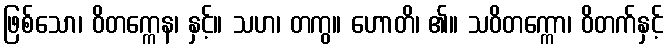
ဖြစ်သော၊ ဝိတက္ကေန၊ နှင့်။ သဟ၊ တကွ။ ဟောတိ၊ ၏။ သဝိတက္ကော၊ ဝိတက်နှင့်